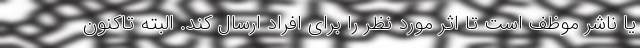
یا ناشر موظف است تا اثر مورد نظر را برای افراد ارسال کند. البته تاکنون